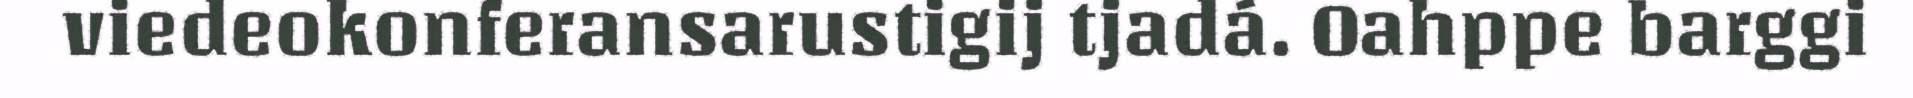
viedeokonferansarustigij tjadá. Oahppe barggi